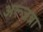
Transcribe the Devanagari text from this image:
अल्जब्रा